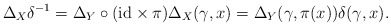
\begin{gather*}\Delta_X\delta^{-1}=\Delta_Y \circ({\rm id}\times\pi)\Delta_X(\gamma,x)=\Delta_Y(\gamma,\pi(x))\delta(\gamma,x).\end{gather*}